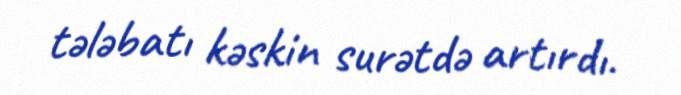
tələbatı kəskin surətdə artırdı.